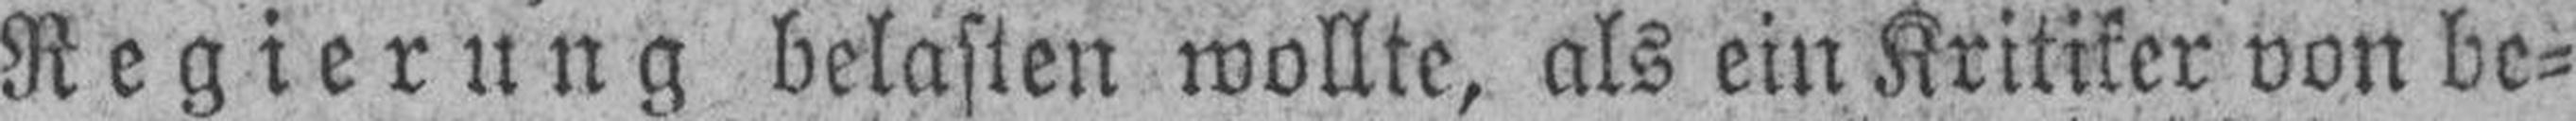
Regierung belasten wollte, als ein Kritiker von be¬